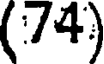
(74)